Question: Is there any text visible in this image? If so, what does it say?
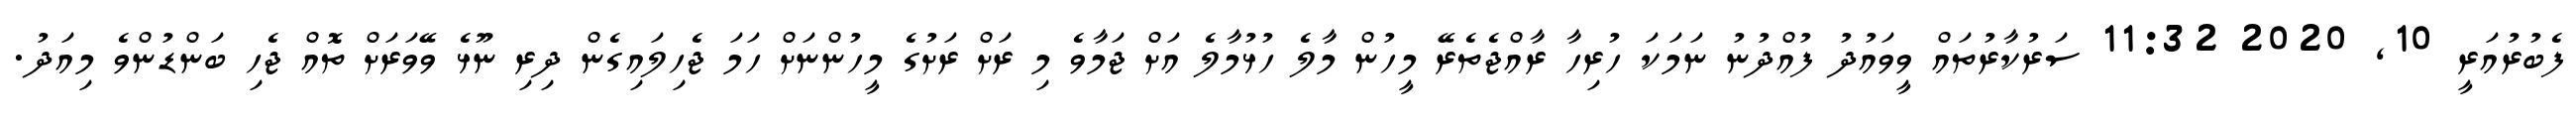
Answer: ފެބުރުއަރީ 10, 2020 11:32 ސަރުކާރުތައް ވީވައުދު ފުއްދުނު ނަމަކަ ހުރިހާ ރާއްޖެތެރޭ މީހުން މާލެ ހުޅުމާލެ އަށް ޖަމާވެ މި ރަށް ރަށުގެ މީހުންނަށް ހަމަ ޖެހިލައިގެން ދިރި ނޫޅެ ވޭވަރަށް ތޮއް ޖެހި ބަންޑުންވެ މިއަދު.